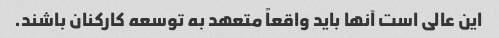
این عالی است آنها باید واقعاً متعهد به توسعه کارکنان باشند.